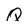
Character: Q